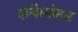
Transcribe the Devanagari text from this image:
शशिमोहन